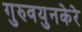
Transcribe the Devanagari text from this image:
गुरुवयुनकेरे